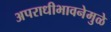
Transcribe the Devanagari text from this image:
अपराधीभावनेमुळे